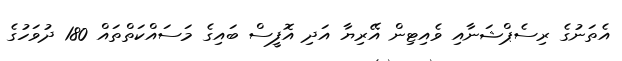
އެތަނުގެ ރިސެޕްޝަނާއި ވެއިޓިން އޭރިޔާ އަދި އޮފީސް ބައިގެ މަސައްކަތްތައް 180 ދުވަހުގެ